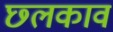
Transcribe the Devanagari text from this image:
छ्लकाव